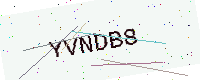
Text: YVNDB8